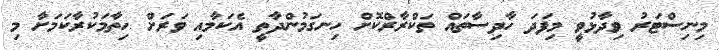
މިނިސްޓަރު ވިދާޅުވީ މިފަދަ ހާދިސާތައް ތަކްރާރްކޮށް ހިނގަމުންދާތީ އެކަމާއި ވަރަށް ހިތާމަކުރާކަމަށާ މި